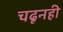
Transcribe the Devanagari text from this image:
चढूनही